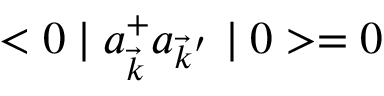
< 0 \mid a _ { \vec { k } } ^ { + } a _ { { \vec { k } } ^ { ' } } \mid 0 > = 0